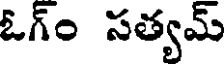
ఓగ్ం సత్యమ్